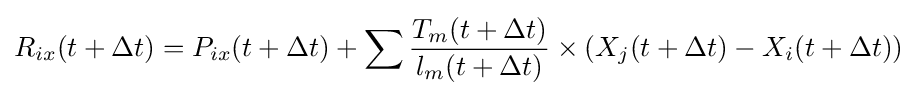
R_{ix}(t+\Delta t)=P_{ix}(t+\Delta t)+\sum {\frac {T_{m}(t+\Delta t)}{l_{m}(t+\Delta t)}}\times (X_{j}(t+\Delta t)-X_{i}(t+\Delta t))